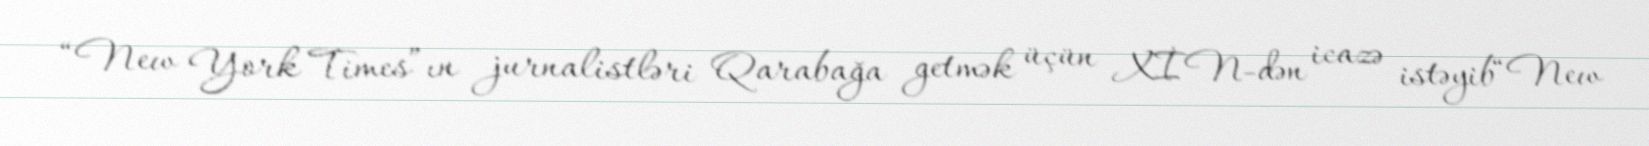
“New York Times”ın jurnalistləri Qarabağa getmək üçün XİN-dən icazə istəyib“New